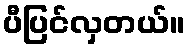
ပီပြင်လှတယ်။